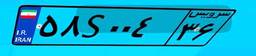
۵۸S۰۰۴۳۶